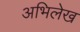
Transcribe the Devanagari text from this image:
अभिलेख